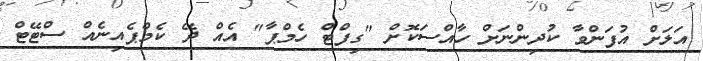
އަލަށް އުފަންވާ ކުދިންނަށް ހާއްސަކޮށް "ގިފްޓް ހެމްޕާ" އެއް ދޭ ކެމްޕެއިނެއް ސްޓޭޓް